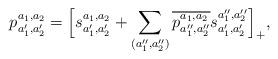
LaTeX: \begin{align*} p^{a_1,a_2}_{a'_1,a'_2}=\Big[s^{a_1,a_2}_{a'_1,a'_2}+\sum\limits_{(a''_1,a''_2)}\overline{p^{a_1,a_2}_{a''_1,a''_2}}s^{a''_1,a''_2}_{a'_1,a'_2}\Big]_+, \end{align*}